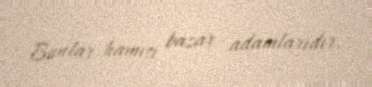
Bunlar hamısı bazar adamlarıdır.